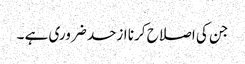
جن کی اصلاح کرنا ازحد ضروری ہے ۔